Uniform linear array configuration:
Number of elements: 48
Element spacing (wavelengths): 0.5
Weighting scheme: blackman
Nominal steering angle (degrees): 45
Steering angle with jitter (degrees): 46.357
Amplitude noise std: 0.05
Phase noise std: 0.05

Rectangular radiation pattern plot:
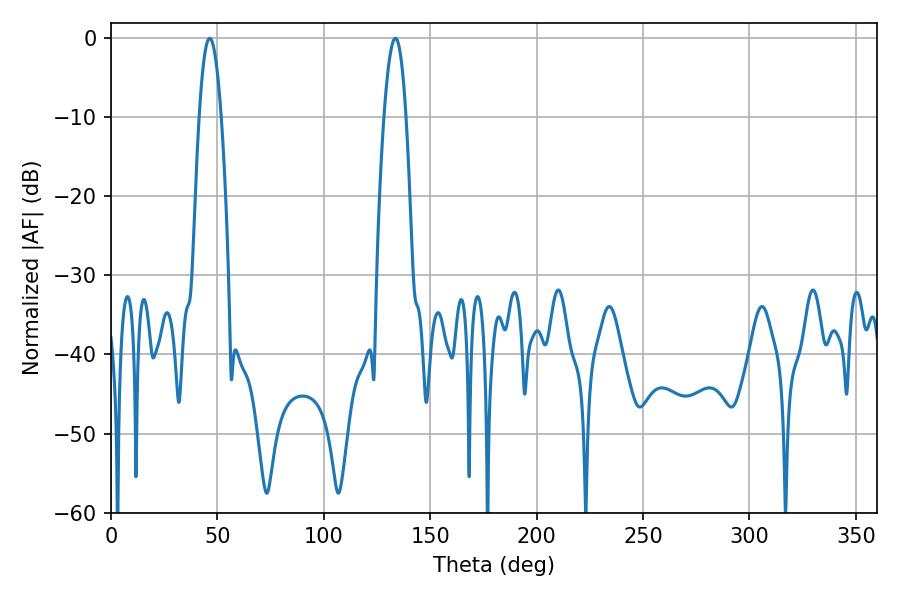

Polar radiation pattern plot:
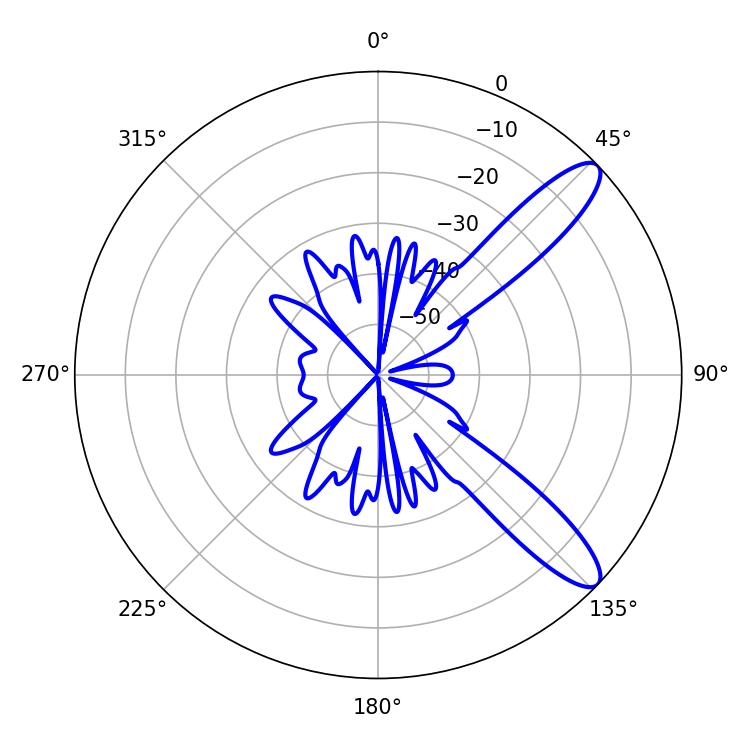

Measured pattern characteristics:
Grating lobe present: FALSE
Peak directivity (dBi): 11.097
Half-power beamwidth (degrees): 5.76
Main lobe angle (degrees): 46.44